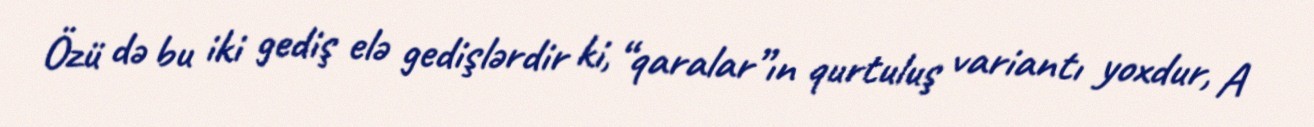
Özü də bu iki gediş elə gedişlərdir ki, “qaralar”ın qurtuluş variantı yoxdur, A